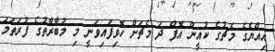
އިއްޔެގެ މެޗުގެ ކުއީން އޮފް ދަ މެޗަށް ހޮވިފައިވަނީ މި މުބާރާތުގެ ފުރަތަމަ